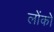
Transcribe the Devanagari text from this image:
लोंको